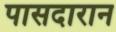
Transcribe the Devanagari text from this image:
पासदारान